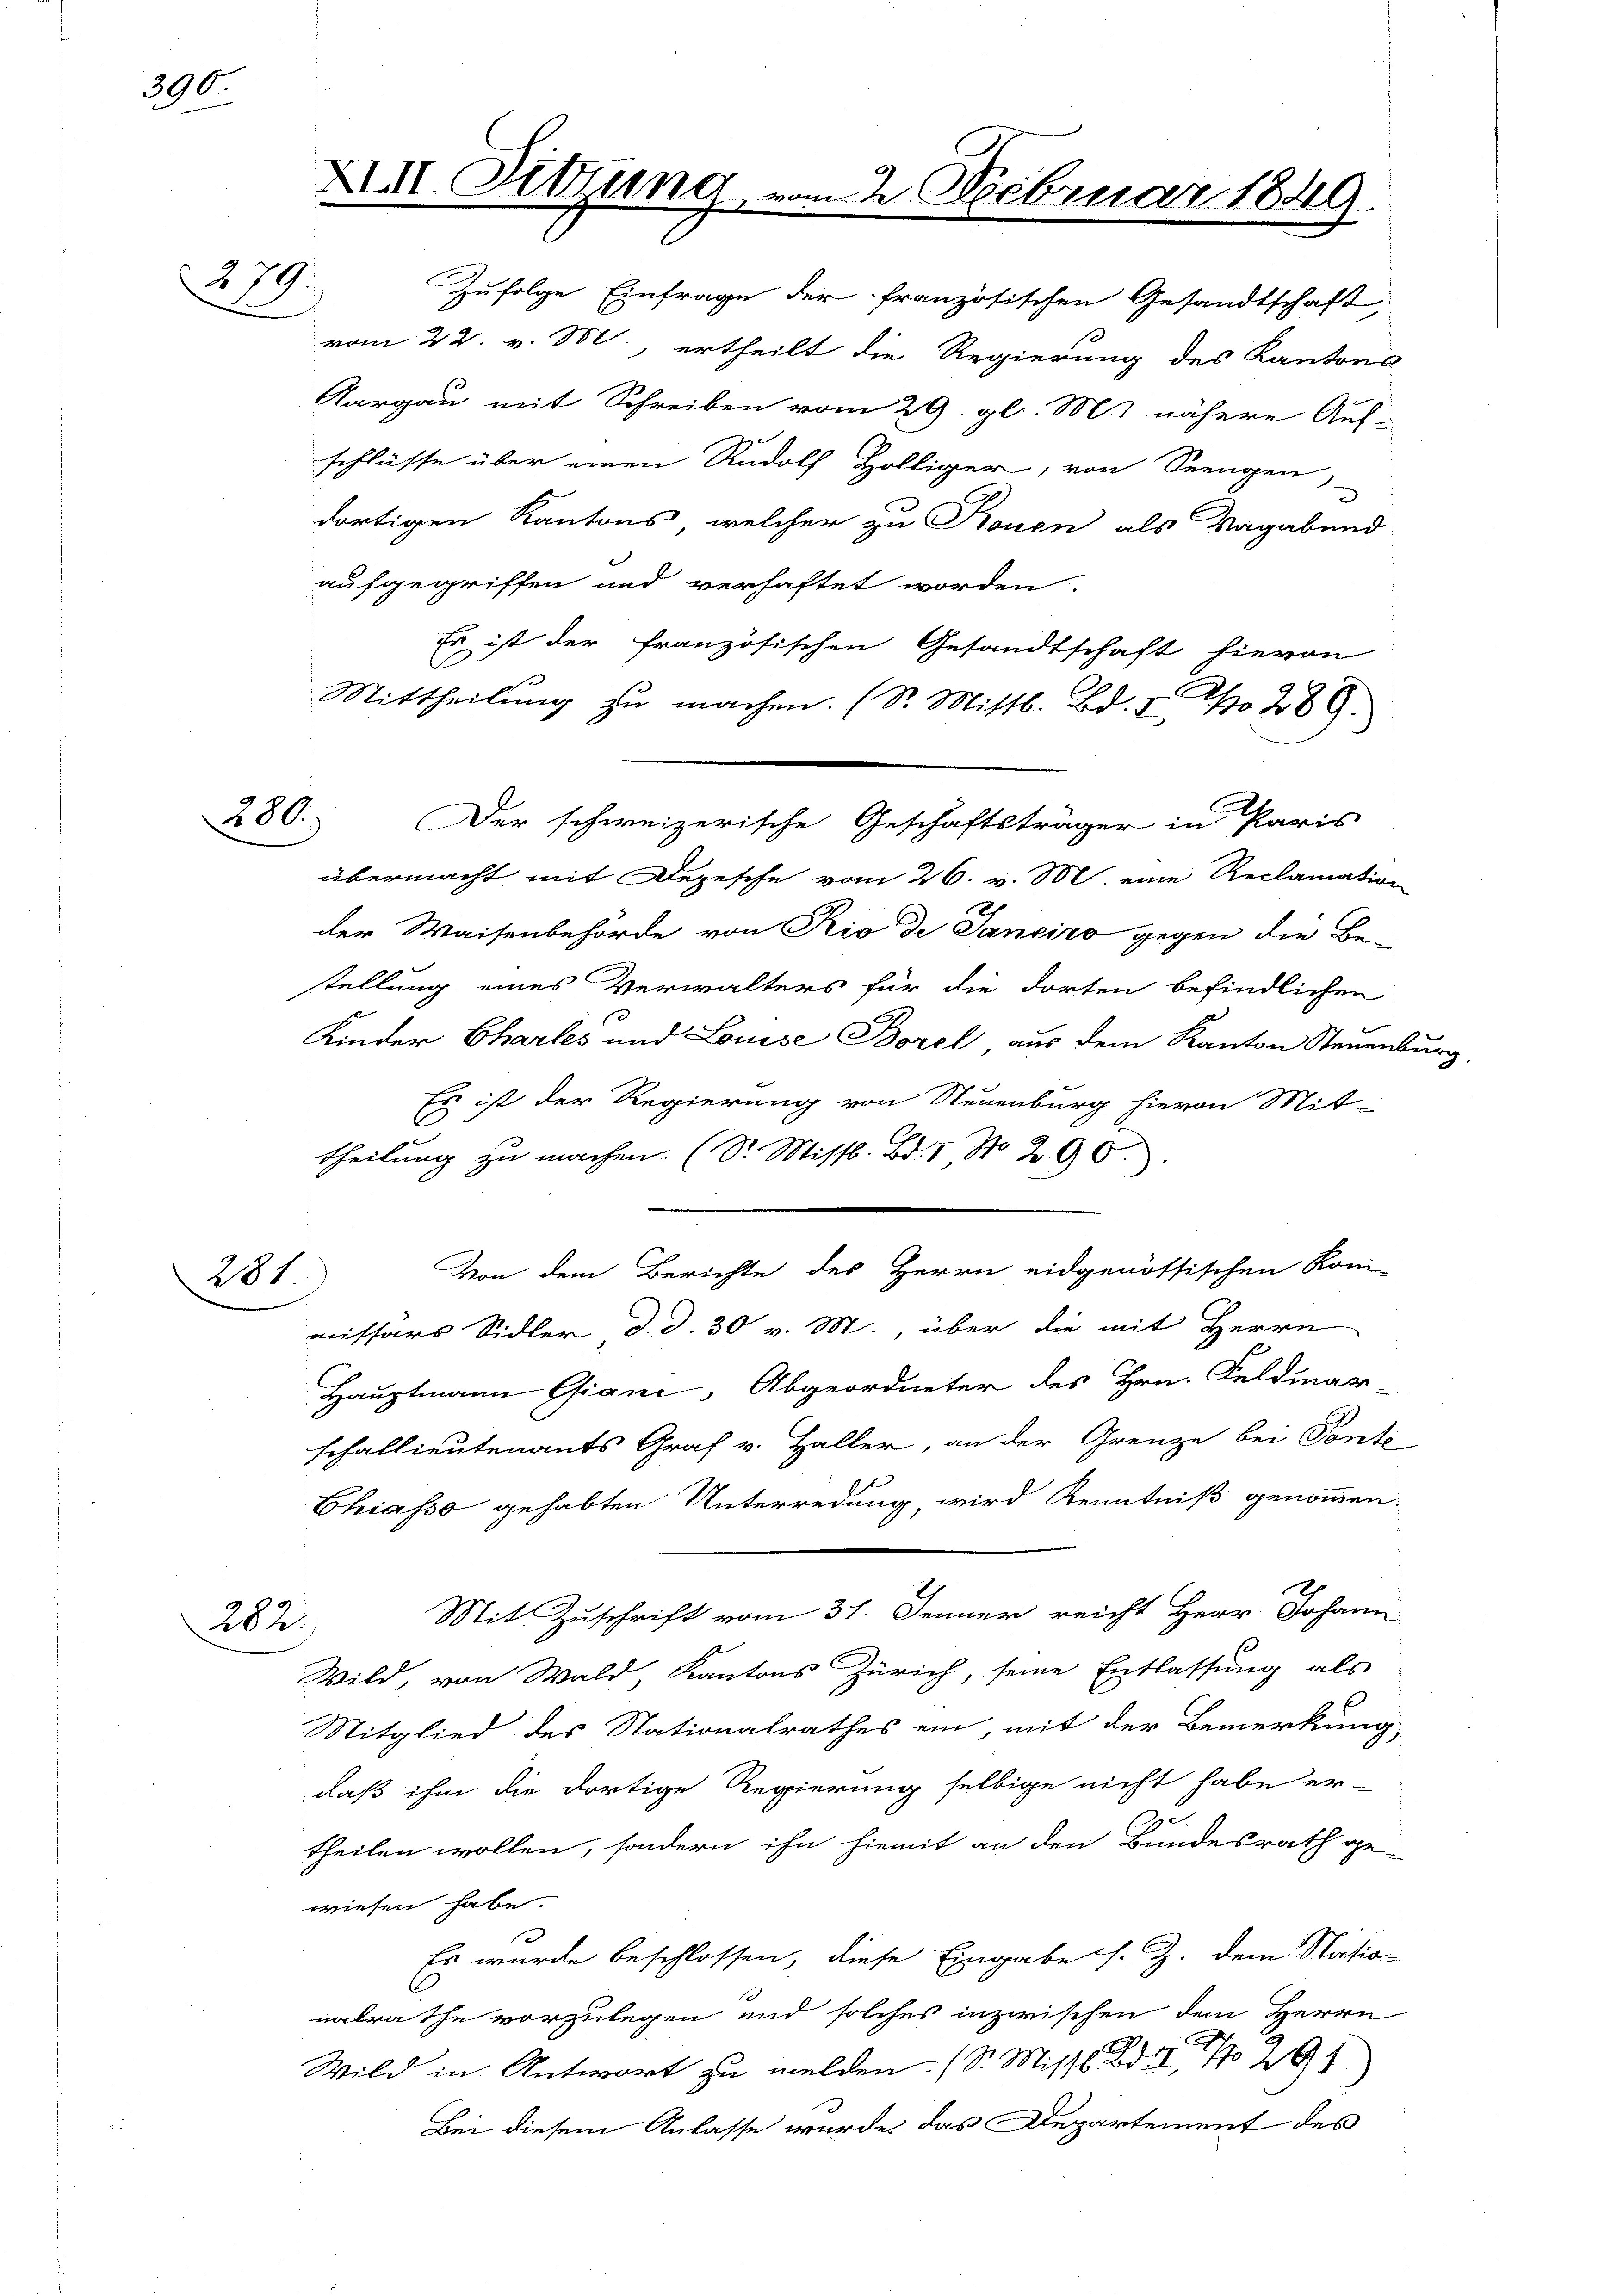
390.

274.

280.

201.

282.

Zufolge Einfrage der französischen Gesandtschaft,
vom 22. v. M., ertheilt die Regierung des Kantons
Aargau mit Schreiben vom 29. gl. M.) nähere Auf-
schlüsse über einen Rudolf Hölliger, von Seengen,
dortigen Kantons, welcher zu Stonen als Vagabend
aufgegriffen und verhaftet worden.
Es ist der französischen Gesandtschaft hievon
Mittheilŭng zŭ machen. (S. Mittl. Bd. 7. No 289.
übermacht mit Depesche vom 26. v. M. eine Reclamation
der Waisenbehörde von Rio de Sanciro gegen die Be-
stellung eines Verwalters für die dorten befindlichen
Kinder Chartes und Louise Borel aus dem Kanton Steuenburg,
Es ist der Regierung von Neuenburg hievon Mit-
C
theilung zu machen. (S. Miss. Bd. I No. 290.
Von dem Berichte des Herrn eidgenössischen Koni-
missars Sidler d. d. 30 v. M., über die mit Herrn
Hauptmann Giani, Abgeordneter des Hrn. Feldmar
schallieutenants Graf v. Haller, an der Grenze bei Ponto-
Chiasso gehabten Unterredung, wird Kenntniß genommen.
Mit Zuschrift vom 31. Jenner reicht Herr Johann
Wild, von Wald, Kantons Zürich, seine Entlassung als
Mitglied des Nationalrathes ein, mit der Bemerkung
daß ihm die dortige Regierung selbige nicht habe er-
theilen wollen, sondern ihn hiemit an den Bundesrath ge-
wiesen habe.
x
Es wurde beschlossen, diese Eingabe s. Z. dem Station
nalrathe vorzulegen und solches inzwischen dem Herrn
Wild in Antwort zu melden. (S. Miss. Bd. II, No 291
Bei diesem Anlasse wurde das Departement des

XII. Sitzung

Der schweizerische Geschäftsträger in Paris

an 2 Februar 1849.